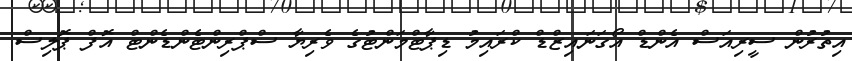
އިތުރުން ސީރިއަސް އެންޑް އޯގަނައިޒްޑް ކްރައިމު ޑިޕާޓްމަންޓުގެ ވެރިޔާ ސްޕްރިންޓެންޑެންޓް އޮފް ޕޮލިސް